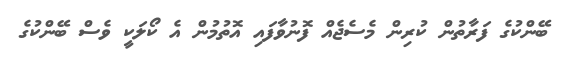
ބޭންކުގެ ފަރާތުން ކުރިން މެސެޖެއް ފޮނުވާފައި އޮތުމުން އެ ކޯލަކީ ވެސް ބޭންކުގެ